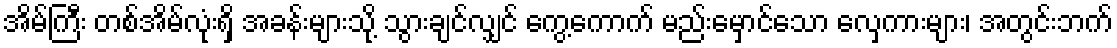
အိမ်ကြီး တစ်အိမ်လုံးရှိ အခန်းများသို့ သွားချင်လျှင် ကွေ့ကောက် မည်းမှောင်သော လှေကားများ၊ အတွင်းဘက်